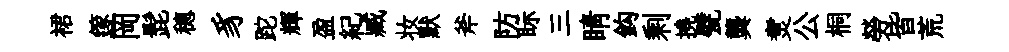
裙篴岡髭穂豸跎輝盈紀臧妆默斧防眎三睛鈎剩撓甓龔煑公桐勞皆荒